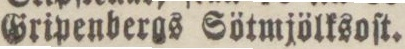
Gripenbergs Sötmjölksoſt.